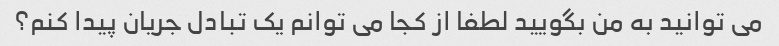
می توانید به من بگویید لطفا از کجا می توانم یک تبادل جریان پیدا کنم؟